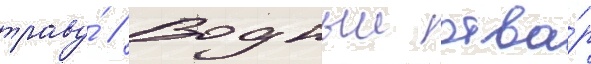
траву́ // Водныи отва́р